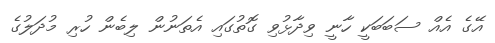
އޭގެ އެއް ސަބަބަކީ ހާނީ ވިދާޅުވި ގޮތުގައި އެތަނުން ލިބެން ހުރި މުދަލުގެ